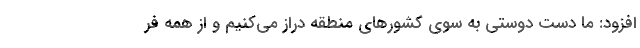
افزود: ما دست دوستی به سوی کشورهای منطقه دراز می‌کنیم و از همه فر